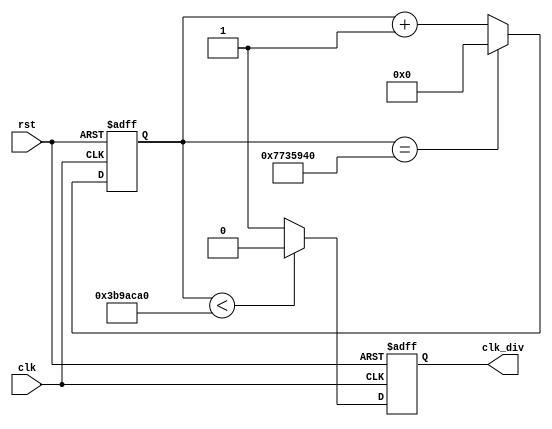
/////////////////////////////////////////////////////////////////
//                                                             //
//  Purpose : Frequencey divider. Input freq is 125MHz and     //
//            output freq is 2Hz.                              //
//                                                             //
//                                                             //
//                                                             //
//  Auther : Jyun-Neng Ji                                      //
/////////////////////////////////////////////////////////////////

module divider(
  input clk,
  input rst,
  output reg clk_div
);

  reg [26:0] cnt;

  always @(posedge clk or posedge rst) begin
    if (rst) begin
      cnt <= 27'd0;
      clk_div <= 1'b0;
    end
    else begin

      if (cnt == 125000000) cnt <= 27'd0;
      else cnt <= cnt + 1;

      if (cnt < 62500000) clk_div <= 'b0;
      else clk_div <= 1'b1;
    end
  end

endmodule